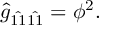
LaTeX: \hat { g } _ { \hat { 1 1 } \hat { 1 1 } } = \phi ^ { 2 } .